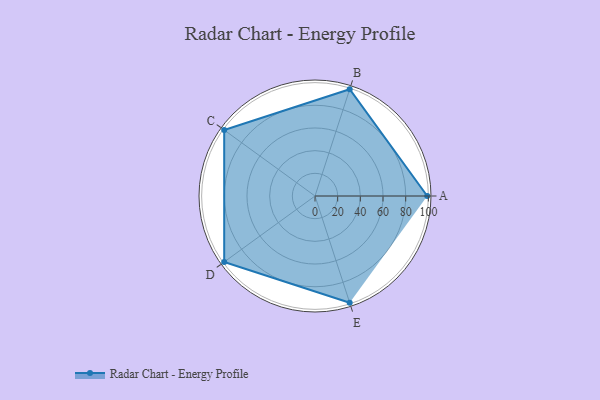
{"axis": {"x": "Skill", "y": "Score"}, "legend": ["Profile"], "data": [{"x": "A", "y": 99, "type": "Profile"}, {"x": "B", "y": 99, "type": "Profile"}, {"x": "C", "y": 99, "type": "Profile"}, {"x": "D", "y": 99, "type": "Profile"}, {"x": "E", "y": 99, "type": "Profile"}]}